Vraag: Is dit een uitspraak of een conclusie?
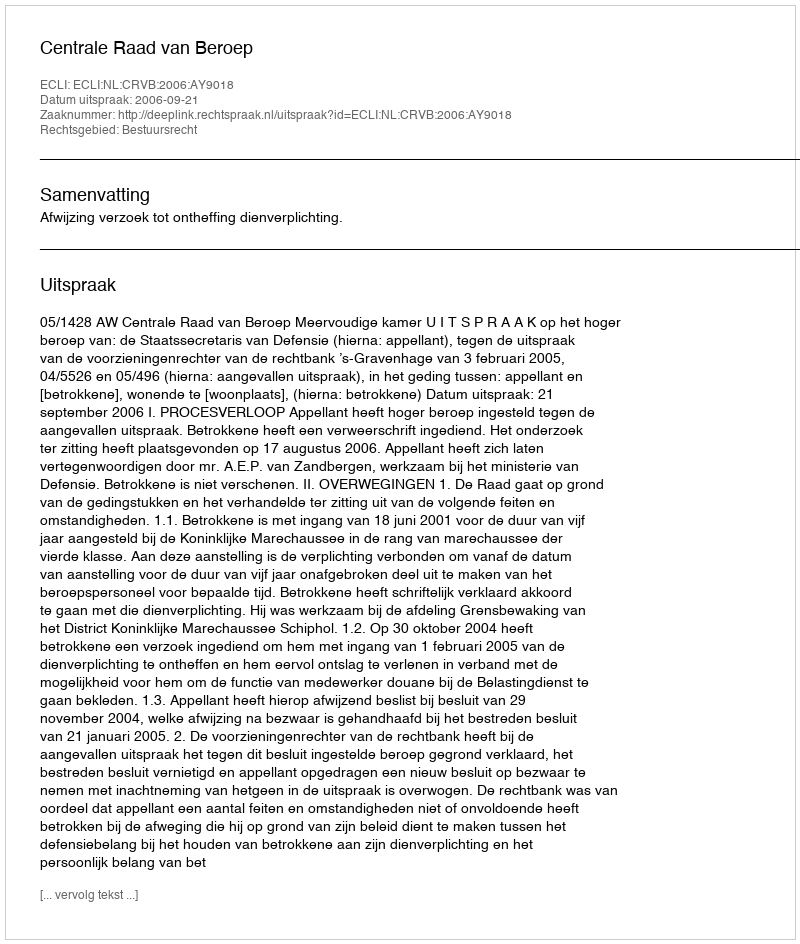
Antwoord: Uitspraak